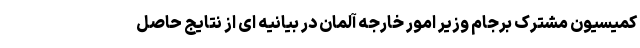
کمیسیون مشترک برجام وزیر امور خارجه آلمان در بیانیه ای از نتایج حاصل